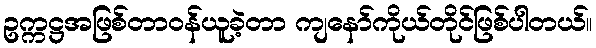
ဥက္ကဋ္ဌအဖြစ်တာဝန်ယူခဲ့တာ ကျနော်ကိုယ်တိုင်ဖြစ်ပါတယ်။